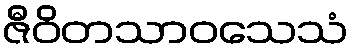
ဇီဝိတသာဝသေသံ